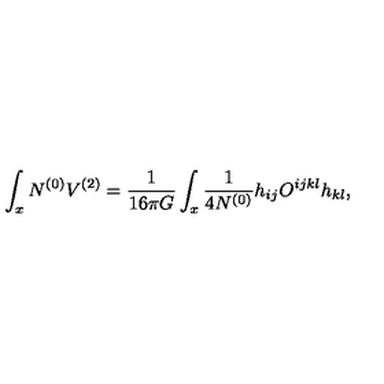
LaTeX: \int _ { x } N ^ { ( 0 ) } V ^ { ( 2 ) } = { \frac { 1 } { 1 6 \pi G } } \int _ { x } { \frac { 1 } { 4 N ^ { ( 0 ) } } } h _ { i j } O ^ { i j k l } h _ { k l } ,